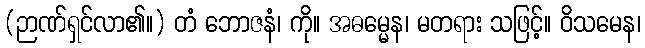
(ဉာဏ်ရှင်လာ၏။) တံ ဘောဇနံ၊ ကို။ အဓမ္မေန၊ မတရား သဖြင့်။ ဝိသမေန၊